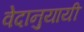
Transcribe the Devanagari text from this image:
वेदानुयायी